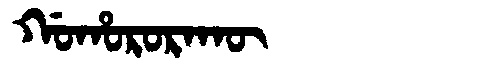
Manchu: ᡤᠣᡥᠣᡵᠣᡵᠠᡴᡡ
Romanization: GOHORORAKŪ